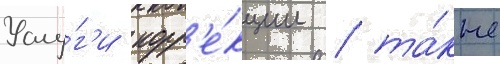
Услу́г'и корр'е́кции / та́кже